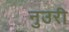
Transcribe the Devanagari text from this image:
नुउरी